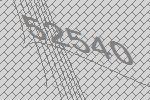
52540